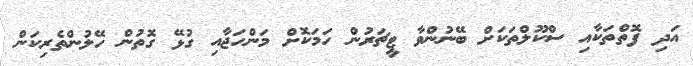
އަދި ފޮތްތަކާއި ސްކޫލްތަކަށް ބޭނުންވާ ޓީޗަރުން ހަމަކޮށް މަންހަޖާއި ގުޅޭ ގޮތުން ހޭލުންތެރިކަން